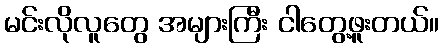
မင်းလိုလူတွေ အများကြီး ငါတွေ့ဖူးတယ်။